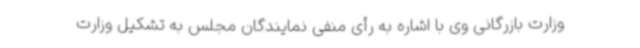
وزارت بازرگانی وی با اشاره به رأی منفی نمایندگان مجلس به تشکیل وزارت